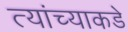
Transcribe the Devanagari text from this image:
त्यांंच्याकडे